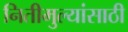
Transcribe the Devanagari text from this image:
नितीमुल्यांसाठी